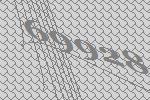
69928